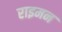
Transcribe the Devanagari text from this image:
राइमन